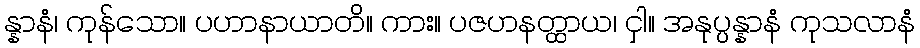
န္နာနံ၊ ကုန်သော။ ပဟာနာယာတိ။ ကား။ ပဇဟနတ္ထာယ၊ ငှါ။ အနုပ္ပန္နာနံ ကုသလာနံ